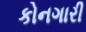
કોનગારી